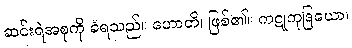
ဆင်းရဲအစုကို ခံရသည်။ ဟောတိ၊ ဖြစ်၏။ ကဋုကုဒြယော၊